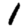
Digit: 1